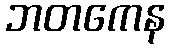
ဘတကေန